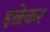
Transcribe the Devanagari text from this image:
इल्रेकर